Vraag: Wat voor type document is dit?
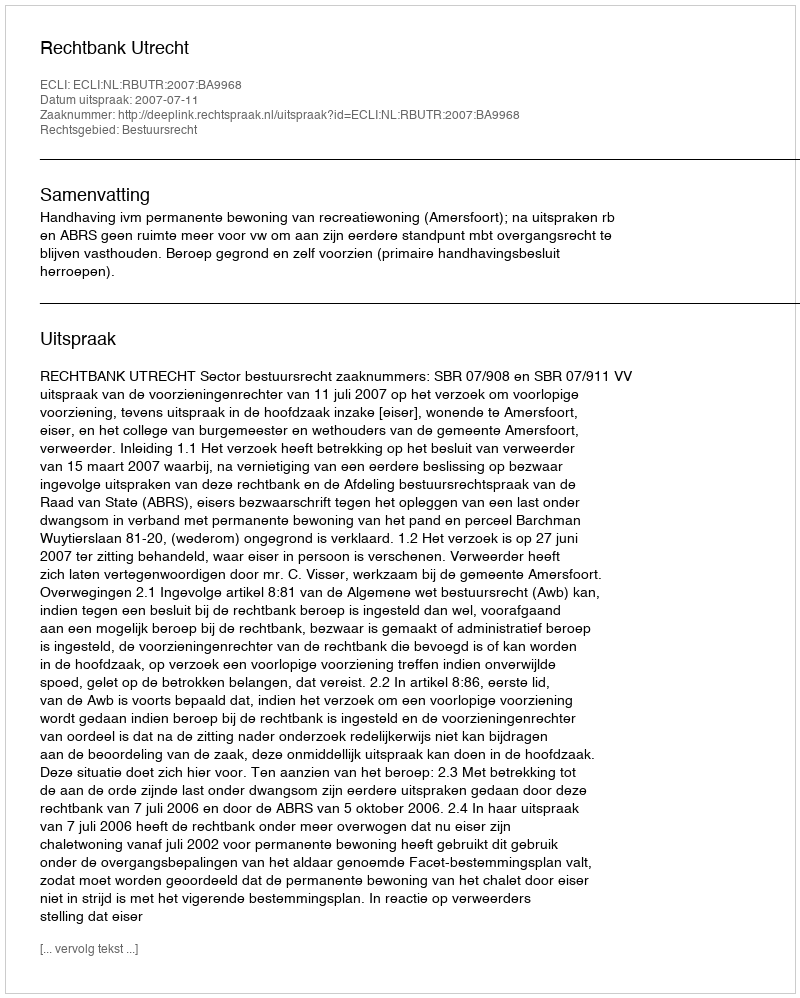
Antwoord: Uitspraak